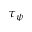
\tau _ { \psi }